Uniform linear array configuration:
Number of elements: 24
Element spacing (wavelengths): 1
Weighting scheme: binomial
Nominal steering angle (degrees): -60
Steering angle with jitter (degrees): -60.729
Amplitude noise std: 0.05
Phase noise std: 0.05

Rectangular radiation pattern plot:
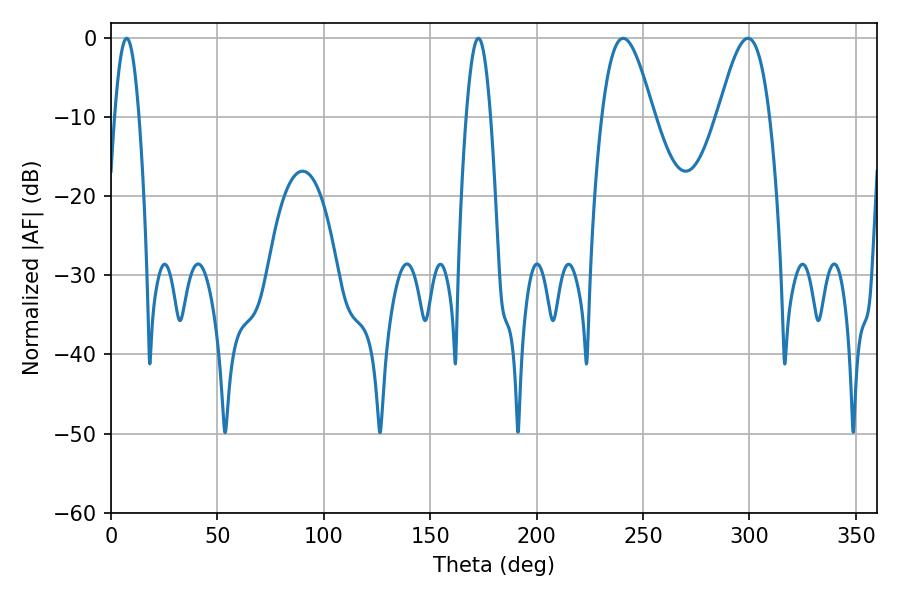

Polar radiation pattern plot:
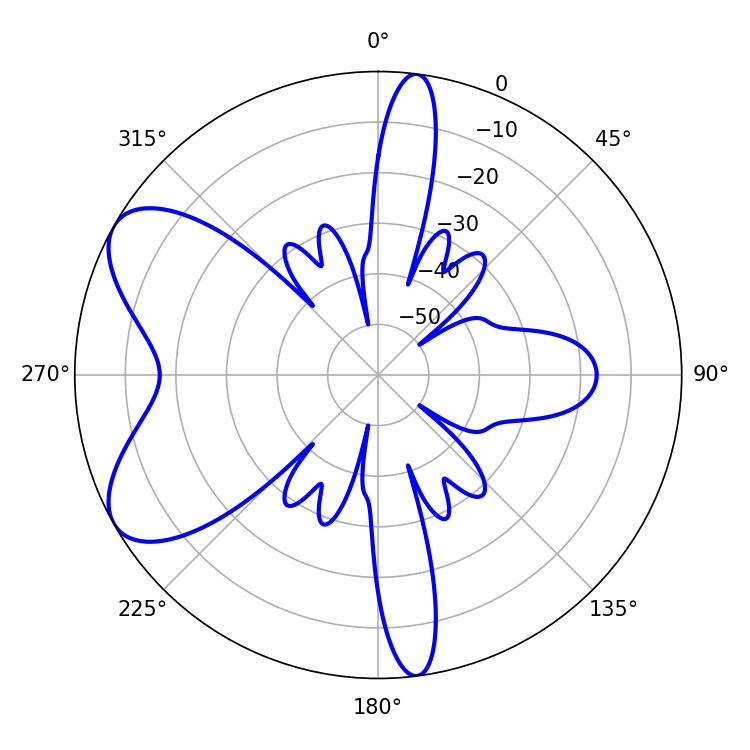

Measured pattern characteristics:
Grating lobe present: TRUE
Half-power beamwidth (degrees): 12.96
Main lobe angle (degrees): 240.66